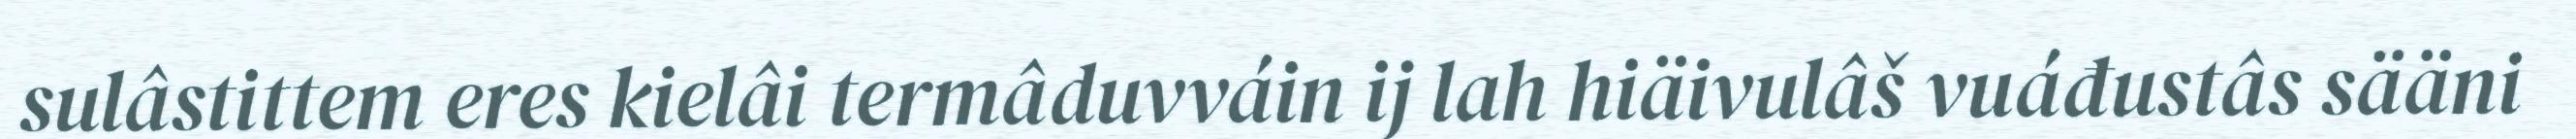
sulâstittem eres kielâi termâduvváin ij lah hiäivulâš vuáđustâs sääni